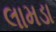
લામડા